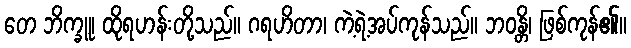
တေ ဘိက္ခူ၊ ထိုရဟန်းတို့သည်။ ဂရဟိတာ၊ ကဲ့ရဲ့အပ်ကုန်သည်။ ဘဝန္တိ၊ ဖြစ်ကုန်၏။